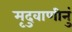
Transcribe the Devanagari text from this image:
मृदुवाणीनुं